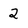
Character: 2